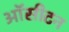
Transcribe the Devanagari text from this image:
ऑसीटन